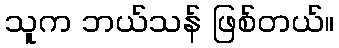
သူက ဘယ်သန် ဖြစ်တယ်။